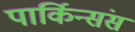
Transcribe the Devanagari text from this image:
पार्किन्संस